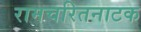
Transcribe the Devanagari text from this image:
रामचरितनाटक